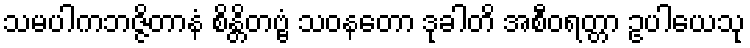
သမပါကဘဇ္ဇိတာနံ စိန္တိတဗ္ဗံ သဝနတော ဒုခါတိ အစီဝရတ္တာ ဥပါယေသု